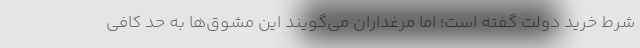
شرط خرید دولت گفته است؛ اما مرغداران می‌گویند این مشوق‌ها به حد کافی